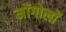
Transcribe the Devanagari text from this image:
मोंगोलों